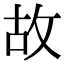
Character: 故